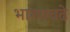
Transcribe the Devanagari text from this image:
भागएवढे